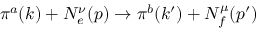
\pi ^ { a } ( k ) + N _ { e } ^ { \nu } ( p ) \rightarrow \pi ^ { b } ( k ^ { \prime } ) + N _ { f } ^ { \mu } ( p ^ { \prime } )